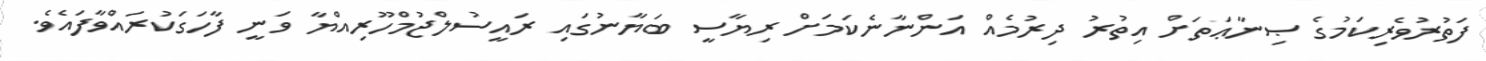
ފަތުރުވެރިކަމުގެ ޞިނާޢަތަށް އިތުރު ދިރުމެއް އަންނާނެކަމަށް ރިޔާސީ ބަޔާނުގައި ރައީސުލްޖުމްހޫރިއްޔާ ވަނީ ފާހަގަކުރައްވާފައެވެ.